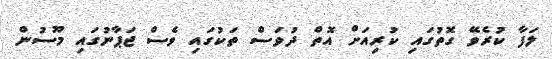
ލަފާ ކުރެވޭ ގޮތުގައި ކުރިއަށް އޮތް ދުވަސް ތަކުގައި ވެސް ޖަޕާނުގައި މޫސުން